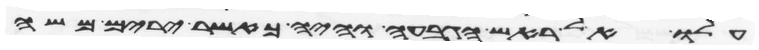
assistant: עלו אל ראש הגבעה והיה כאשר ירים משה